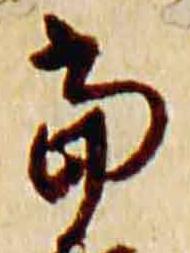
当